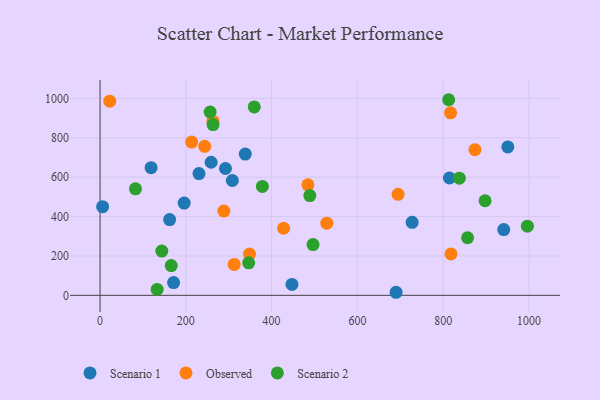
{"axis": {"x": "Investment", "y": "Profit"}, "legend": ["Observed", "Scenario 1", "Scenario 2"], "data": [{"x": "230.7", "y": 618.1, "type": "Scenario 1"}, {"x": "292.4", "y": 644.2, "type": "Scenario 1"}, {"x": "162.2", "y": 384.9, "type": "Scenario 1"}, {"x": "690.2", "y": 15.5, "type": "Scenario 1"}, {"x": "6.0", "y": 450.2, "type": "Scenario 1"}, {"x": "814.6", "y": 595.8, "type": "Scenario 1"}, {"x": "259.0", "y": 675.9, "type": "Scenario 1"}, {"x": "119.0", "y": 648.4, "type": "Scenario 1"}, {"x": "447.4", "y": 55.2, "type": "Scenario 1"}, {"x": "338.6", "y": 717.3, "type": "Scenario 1"}, {"x": "950.7", "y": 753.8, "type": "Scenario 1"}, {"x": "171.4", "y": 64.6, "type": "Scenario 1"}, {"x": "941.2", "y": 334.1, "type": "Scenario 1"}, {"x": "727.6", "y": 370.6, "type": "Scenario 1"}, {"x": "196.1", "y": 468.4, "type": "Scenario 1"}, {"x": "308.4", "y": 583.1, "type": "Scenario 1"}, {"x": "484.6", "y": 561.3, "type": "Observed"}, {"x": "288.7", "y": 428.1, "type": "Observed"}, {"x": "694.8", "y": 513.0, "type": "Observed"}, {"x": "312.7", "y": 156.7, "type": "Observed"}, {"x": "528.7", "y": 366.2, "type": "Observed"}, {"x": "263.2", "y": 884.4, "type": "Observed"}, {"x": "818.3", "y": 210.3, "type": "Observed"}, {"x": "348.4", "y": 209.7, "type": "Observed"}, {"x": "817.2", "y": 927.0, "type": "Observed"}, {"x": "243.9", "y": 756.5, "type": "Observed"}, {"x": "22.6", "y": 986.0, "type": "Observed"}, {"x": "213.5", "y": 778.5, "type": "Observed"}, {"x": "427.9", "y": 340.7, "type": "Observed"}, {"x": "874.0", "y": 739.8, "type": "Observed"}, {"x": "489.1", "y": 506.5, "type": "Scenario 2"}, {"x": "346.5", "y": 165.1, "type": "Scenario 2"}, {"x": "378.5", "y": 553.2, "type": "Scenario 2"}, {"x": "144.0", "y": 224.9, "type": "Scenario 2"}, {"x": "837.6", "y": 595.2, "type": "Scenario 2"}, {"x": "133.1", "y": 29.8, "type": "Scenario 2"}, {"x": "996.3", "y": 351.2, "type": "Scenario 2"}, {"x": "359.5", "y": 957.0, "type": "Scenario 2"}, {"x": "263.4", "y": 867.3, "type": "Scenario 2"}, {"x": "856.9", "y": 292.5, "type": "Scenario 2"}, {"x": "166.0", "y": 151.2, "type": "Scenario 2"}, {"x": "496.6", "y": 257.5, "type": "Scenario 2"}, {"x": "82.6", "y": 540.9, "type": "Scenario 2"}, {"x": "812.8", "y": 993.4, "type": "Scenario 2"}, {"x": "897.7", "y": 480.4, "type": "Scenario 2"}, {"x": "256.6", "y": 931.0, "type": "Scenario 2"}]}